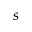
s